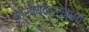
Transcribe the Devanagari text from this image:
पत्रव्यवहारमध्ये